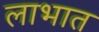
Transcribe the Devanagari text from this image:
लाभात